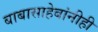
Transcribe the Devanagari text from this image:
बाबासाहेबांनीही